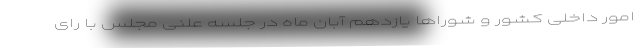
امور داخلی کشور و شوراها یازدهم آبان ماه در جلسه علنی مجلس با رای